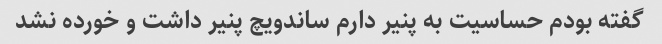
گفته بودم حساسیت به پنیر دارم ساندویچ پنیر داشت و خورده نشد